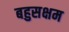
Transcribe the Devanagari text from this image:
बहुसक्षम